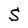
Character: S